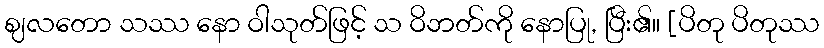
ဈလတော သဿ နော ဝါသုတ်ဖြင့် သ ဝိဘတ်ကို နောပြု, ပြီး၏။ [ပိတု ပိတုဿ